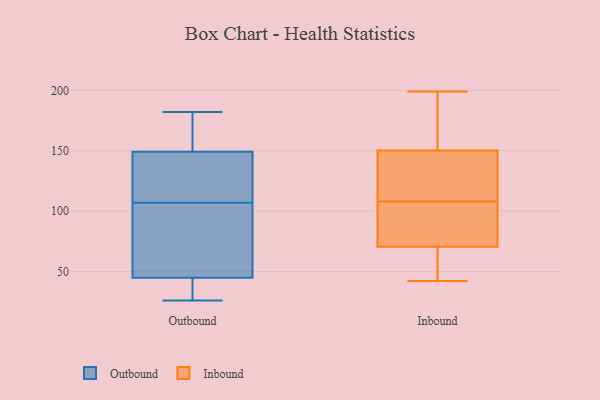
{"axis": {"x": "Page Views", "y": "Value"}, "legend": ["Inbound", "Outbound"], "data": [{"x": "", "y": 44, "type": "Outbound"}, {"x": "", "y": 182, "type": "Outbound"}, {"x": "", "y": 89, "type": "Outbound"}, {"x": "", "y": 121, "type": "Outbound"}, {"x": "", "y": 107, "type": "Outbound"}, {"x": "", "y": 153, "type": "Outbound"}, {"x": "", "y": 26, "type": "Outbound"}, {"x": "", "y": 47, "type": "Outbound"}, {"x": "", "y": 31, "type": "Outbound"}, {"x": "", "y": 171, "type": "Outbound"}, {"x": "", "y": 138, "type": "Outbound"}, {"x": "", "y": 188, "type": "Inbound"}, {"x": "", "y": 91, "type": "Inbound"}, {"x": "", "y": 96, "type": "Inbound"}, {"x": "", "y": 64, "type": "Inbound"}, {"x": "", "y": 141, "type": "Inbound"}, {"x": "", "y": 199, "type": "Inbound"}, {"x": "", "y": 72, "type": "Inbound"}, {"x": "", "y": 169, "type": "Inbound"}, {"x": "", "y": 85, "type": "Inbound"}, {"x": "", "y": 113, "type": "Inbound"}, {"x": "", "y": 112, "type": "Inbound"}, {"x": "", "y": 108, "type": "Inbound"}, {"x": "", "y": 42, "type": "Inbound"}, {"x": "", "y": 172, "type": "Inbound"}, {"x": "", "y": 64, "type": "Inbound"}, {"x": "", "y": 144, "type": "Inbound"}, {"x": "", "y": 66, "type": "Inbound"}]}